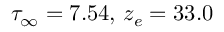
\tau _ { \infty } = 7 . 5 4 , \, z _ { e } = 3 3 . 0